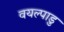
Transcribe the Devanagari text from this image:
वयल्पाडु